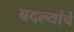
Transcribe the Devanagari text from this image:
बदल्यांचे